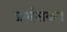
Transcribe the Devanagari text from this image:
प्रशंसक।